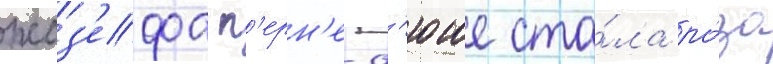
жоз'ефа п'ерн'е-д'юше ста́ла ро́за